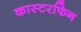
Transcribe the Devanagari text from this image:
कास्टरफिन